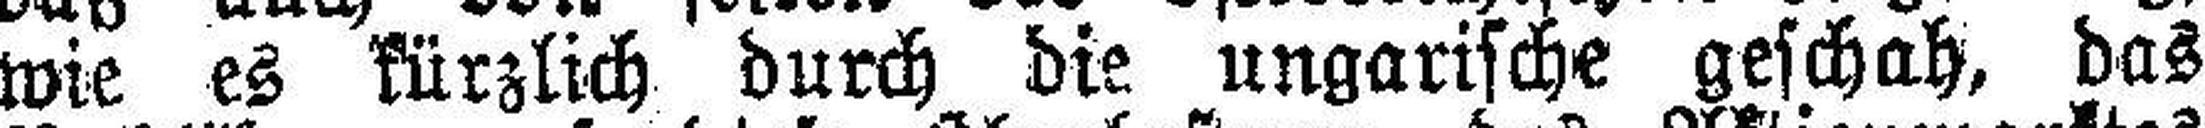
wie es kürzlich durch die ungarische geschah, das